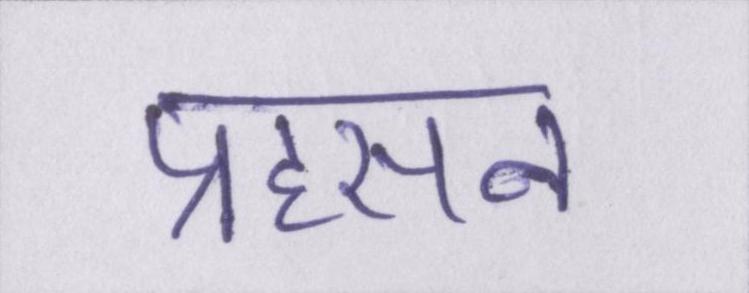
प्रहसन